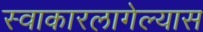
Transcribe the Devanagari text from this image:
स्वाकारलागेल्यास